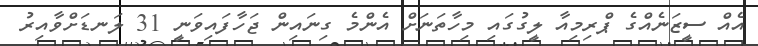
އެއް ސީޒަނެއްގެ ޕްރިމިއާ ލީގުގައި މިހާތަނަށް އެންމެ ގިނައިން ޖަހާފައިވަނީ 31 ލަނޑަށްވާއިރު